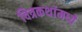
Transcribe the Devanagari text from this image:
चित्रकथांमध्ये